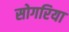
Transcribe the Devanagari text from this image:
सोगरिया